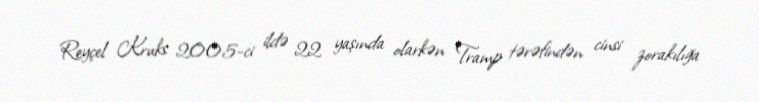
Reyçel Kruks 2005-ci ildə 22 yaşında olarkən Tramp tərəfindən cinsi zorakılığa